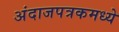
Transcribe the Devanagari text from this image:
अंदाजपत्रकमध्ये